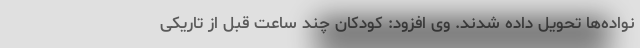
نواده‌ها تحویل داده شدند. وی افزود: کودکان چند ساعت قبل از تاریکی